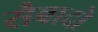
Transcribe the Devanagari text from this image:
सैबादो